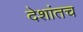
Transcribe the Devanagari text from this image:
देशांतच